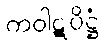
ကဝါဋပိဋ္ဌံ